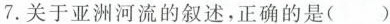
7.关于亚洲河流的叙述，正确的是( )